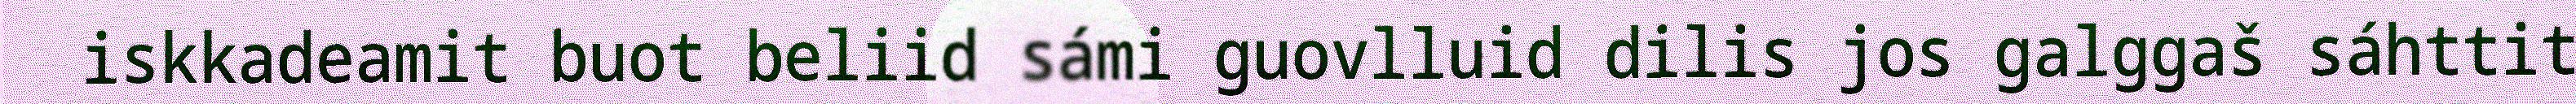
iskkadeamit buot beliid sámi guovlluid dilis jos galggaš sáhttit